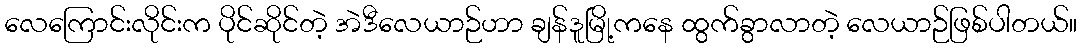
လေကြောင်းလိုင်းက ပိုင်ဆိုင်တဲ့ အဲဒီလေယာဉ်ဟာ ချန်ဒူမြို့ကနေ ထွက်ခွာလာတဲ့ လေယာဉ်ဖြစ်ပါတယ်။